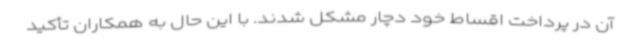
آن در پرداخت اقساط خود دچار مشکل شدند. با این حال به همکاران تأکید